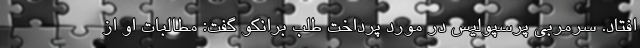
افتاد. سرمربی پرسپولیس در مورد پرداخت طلب برانکو گفت: مطالبات او از